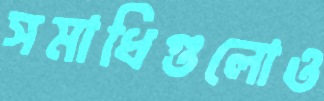
সমাধিগুলোও